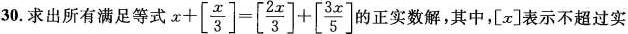
30.求出所有满足等式 $$x + \left [ \frac { x } { 3 } \right ] = \left [ \frac { 2 x } { 3 } \right ] + \left [ \frac { 3 x } { 5 } \right ]$$ 正实数解，其中，[x]表示不超过实